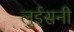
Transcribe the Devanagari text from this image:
लुईसनी